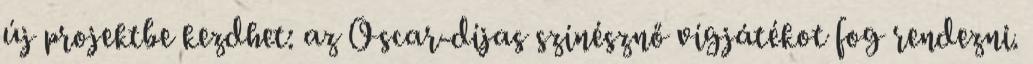
új projektbe kezdhet: az Oscar-díjas színésznő vígjátékot fog rendezni.